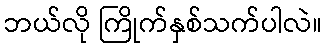
ဘယ်လို ကြိုက်နှစ်သက်ပါလဲ။